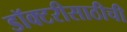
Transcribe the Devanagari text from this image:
डॉक्टरीसाठीची